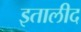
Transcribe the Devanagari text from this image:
इतालीद